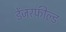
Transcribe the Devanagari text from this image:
डेंजरफील्ड